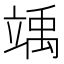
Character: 竬